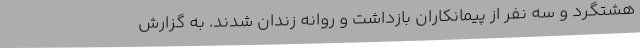
هشتگرد و سه نفر از پیمانکاران بازداشت و روانه زندان شدند. به گزارش